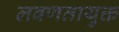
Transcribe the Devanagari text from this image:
लवणतायुक्त